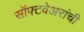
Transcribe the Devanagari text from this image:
सॉफ्टवेअरांची